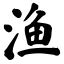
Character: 渔